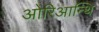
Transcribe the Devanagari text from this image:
ओरिआन्थि